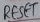
Text: RESET